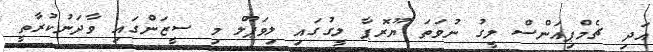
އަދި ޗެމްޕިއަންސް ލީގު ނުވަތަ ޔޫރޮޕާ ލީގުގައި ލިވަޕޫލް މި ސީޒަންގައި ވާދަނުކުރާތީ